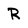
Character: R